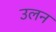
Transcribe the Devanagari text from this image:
उलन